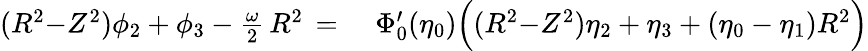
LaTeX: \begin{array}{rl}{(R^{2}{-}Z^{2})\phi_{2}+\phi_{3}-\frac{\omega}{2}\, R^{2}\, =\, }&{{}\, \Phi_{0}^{\prime}(\eta_{0})\Bigl((R^{2}{-}Z^{2})\eta_{2}+\eta_{3}+(\eta_{0}-\eta_{1})R^{2}\Bigr)}\end{array}